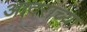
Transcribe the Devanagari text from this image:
आदराच्या